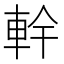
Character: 龫